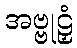
အဗ္ဗုဠှံ